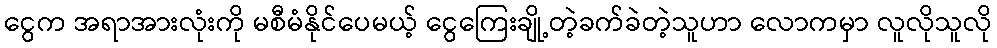
ငွေက အရာအားလုံးကို မစီမံနိုင်ပေမယ့် ငွေကြေးချို့တဲ့ခက်ခဲတဲ့သူဟာ လောကမှာ လူလိုသူလို